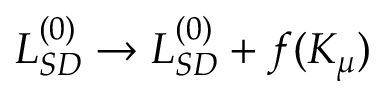
{ \cal L } _ { S D } ^ { ( 0 ) } \to { \cal L } _ { S D } ^ { ( 0 ) } + f ( K _ { \mu } )